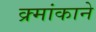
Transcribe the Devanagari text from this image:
क्र्मांकाने